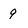
Character: 9